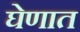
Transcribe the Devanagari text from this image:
घेणात